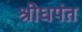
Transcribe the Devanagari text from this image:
श्रीधपंत